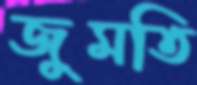
জুমতি